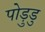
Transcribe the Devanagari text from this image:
पोड़ुडु